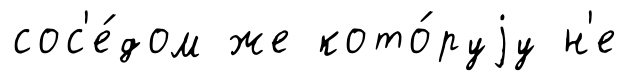
сос'е́дом же кото́руjу н'е